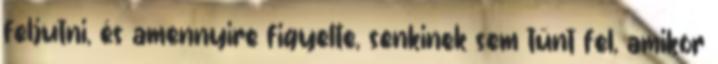
feljutni, és amennyire figyelte, senkinek sem tűnt fel, amikor